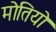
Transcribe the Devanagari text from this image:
मोतियो